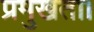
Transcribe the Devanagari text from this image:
प्रमुखता।